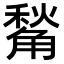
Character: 𧤙